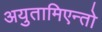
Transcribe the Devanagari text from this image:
अयुतामिएन्तो